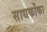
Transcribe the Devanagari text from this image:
साधकोंका